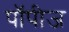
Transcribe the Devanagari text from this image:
पॉपीज